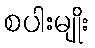
စပါးမျိုး